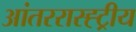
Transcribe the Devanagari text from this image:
आंतररास्ह्ट्रीय